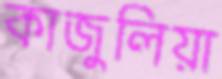
কাজুলিয়া